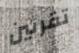
تقرئين